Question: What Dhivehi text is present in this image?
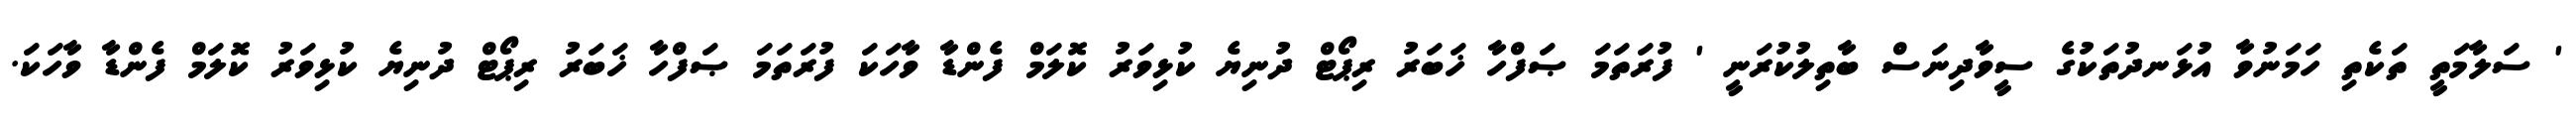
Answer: ' ސަލާމަތީ ތަކެތި ހަމަނުވާ އުޅަނދުތަކުގެ ސީވާދިނަސް ބާތިލުކުރަނީ ' ފުރަތަމަ ޞަފްހާ ޚަބަރު ރިޕޯޓް ދުނިޔެ ކުޅިވަރު ކޮލަމް ފެންޑާ ވާހަކަ ފުރަތަމަ ޞަފްހާ ޚަބަރު ރިޕޯޓް ދުނިޔެ ކުޅިވަރު ކޮލަމް ފެންޑާ ވާހަކަ.